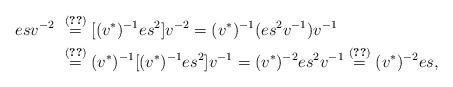
LaTeX: \begin{align*} esv^{-2} &~\stackrel{(\ref{2.8})}{=}[(v^{\ast})^{-1}es^2]v^{-2} = (v^{\ast})^{-1}(es^2v^{-1})v^{-1}\\ &~\stackrel{(\ref{2.8})}{=}(v^{\ast})^{-1}[(v^{\ast})^{-1}es^2]v^{-1}=(v^{\ast})^{-2}es^2v^{-1}\stackrel{(\ref{2.8})}{=}(v^{\ast})^{-2}es,\end{align*}